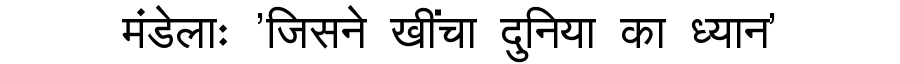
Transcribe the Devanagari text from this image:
मंडेलाः 'जिसने खींचा दुनिया का ध्यान'